Civil Veterinary Department Bengal reports 1923-33 - 1923-1933
Year: 1923
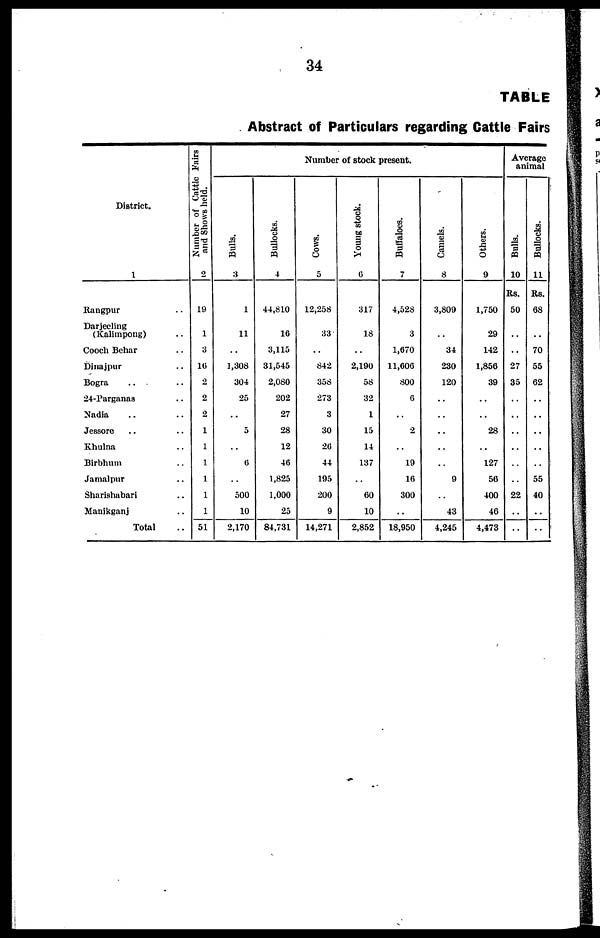
34
TABLE
Abstract of Particulars regarding Cattle Fairs
District.
1
Rangpur ..
Darjeeling
(Kalimpoug) ..
Cooch Behar ..
Dinajpur ..
Bogra .. ..
24-Parganas ..
Nadia .. ..
Jessore .. ..
Khulna ..
Birbhum ..
Jamalpur ..
Sharishabari ..
Manikganj ..
Total ..
Number of Cattle Fairs
and Shows held.
2
19
1
3
16
2
2
2
1
1
1
1
1
1
51
Bulls.
-
3
1
11
..
1,308
304
25
..
5
..
6
..
500
10
2,170
Bullocks.
4
44,810
16
3,115
31,545
2,080
202
27
28
12
46
1,825
1,000
25
84,731
Number of stock present.
Cows.
5
12,258
33
..
842
358
273
3
30
20
44
195
200
9
14,271
Young stock.
6
317
18
..
2,190
58
32
1
15
14
137
..
60
10
2,852
Buffaloes.
7
4,528
3
1,670
11,606
800
6
..
2
..
19
16
300
..
18,950
Camels.
8
3,809
..
34
230
120
..
..
..
..
..
9
..
43
4,245
Others.
9
1,750
29
142
1,856
39
..
..
28
..
127
56
400
46
4,473
Average
animal
Bulls.
10
Rs.
50
..
..
27
35
..
..
..
..
..
..
22
..
..
Bullocks.
11
Rs.
68
..
70
55
62
..
..
..
..
..
55
40
..
..